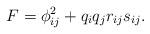
LaTeX: \begin{align*} F = \phi_{i j}^2 + q_i q_j r_{i j} s_{i j}. \end{align*}